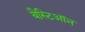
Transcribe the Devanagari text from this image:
बैस्टिऑन